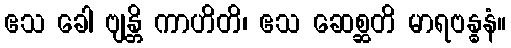
ဧသ ခေါ ဗျန္တိ ကာဟိတိ၊ ဧသ ဆေစ္ဆတိ မာရဗန္ဓနံ။